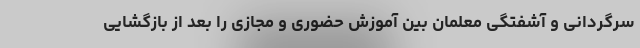
سرگردانی و آشفتگی معلمان بین آموزش حضوری و مجازی را بعد از بازگشایی